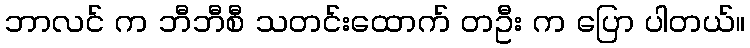
ဘာလင် က ဘီဘီစီ သတင်းထောက် တဦး က ပြော ပါတယ်။